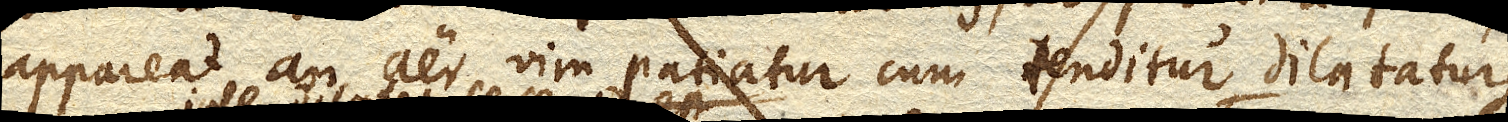
appareat an aer vim patiatur cum tenditur dilataturque